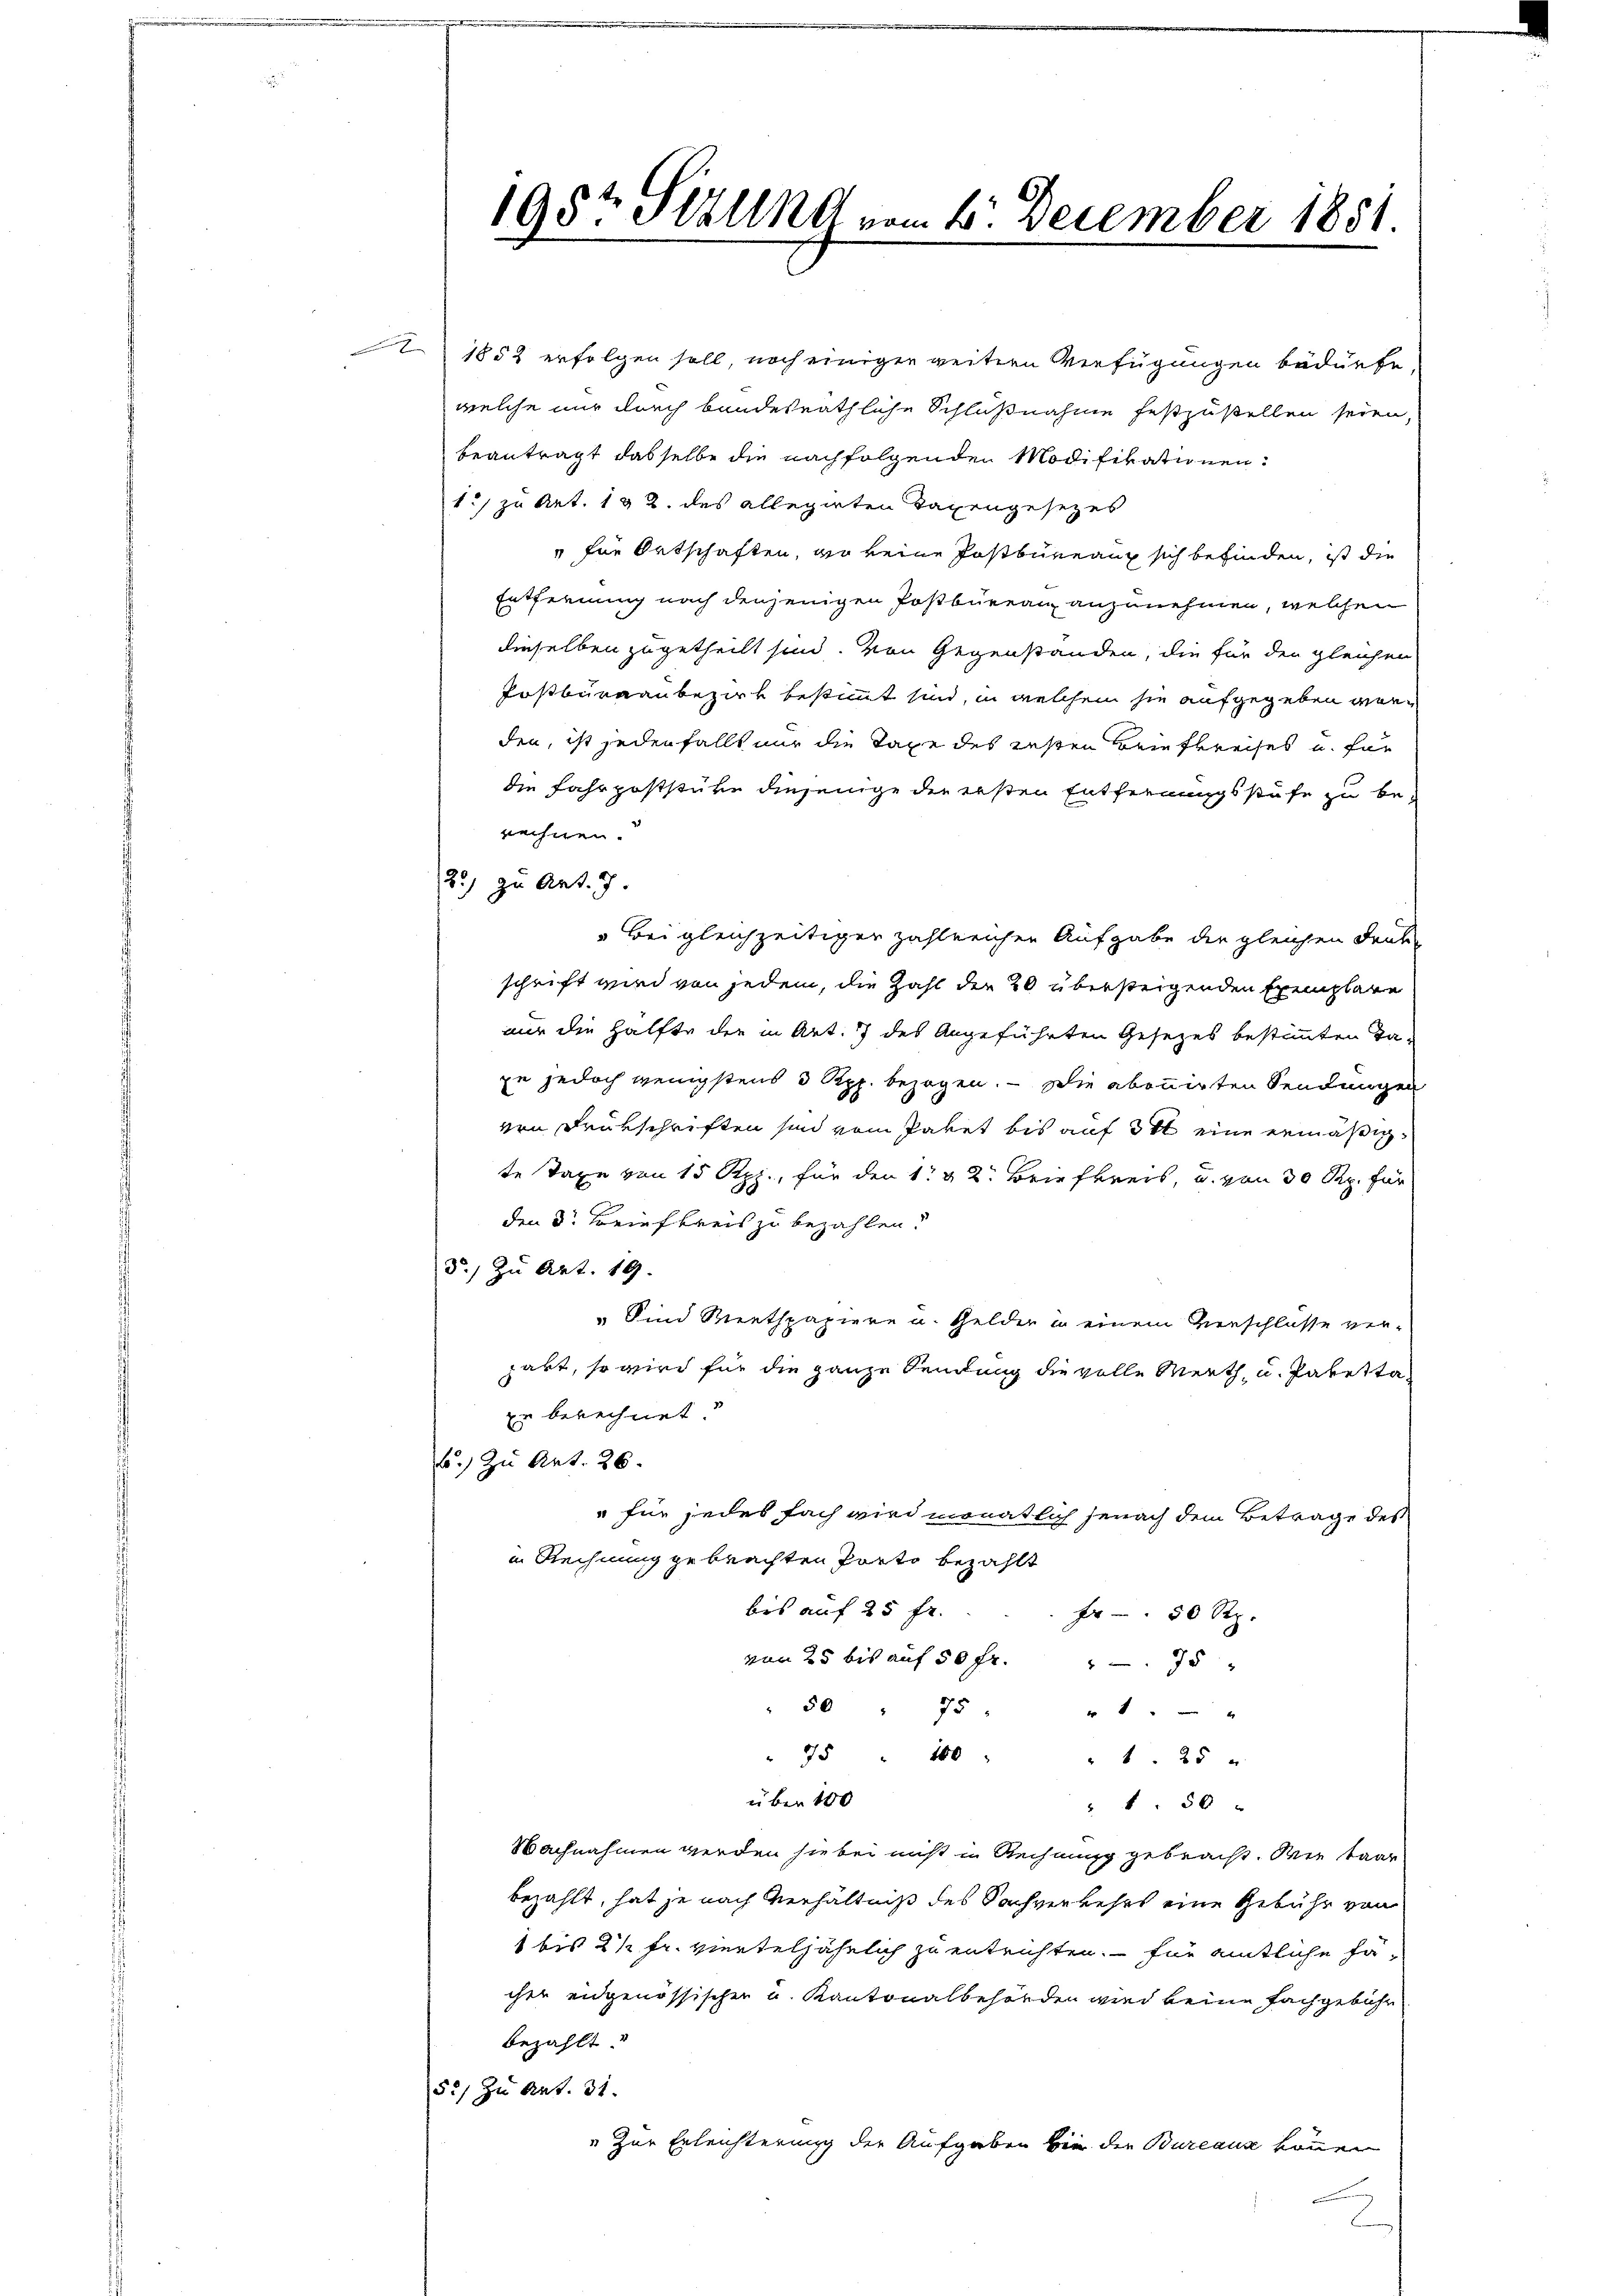
1852 erfolgen soll, noch einigen weitern Verfügungen bedürfe,
welche nur durch bandesräthliche Schlußnahme festzustellen seien,
beantragt dasselbe die nachfolgenden Modifikationen
1:/ zu Art. 192. des allegirten Tagengesezes
" für Ortschaften, wo keine Postbureau sich befinden, ist die
Entfernung nach denjenigen Postbureau anzunehmen, welchen
dieselben zugetheilt sind. Von Gegenstanden, die für den gleichen
Postbureau bezirk bestimmt sind, in welchem sie aufgegeben werden, ist jedenfalls nur die Taxe des Resten Briefkreises u. für
die Fahrpoststücke diejenige der ersten Entfernungsstufe zu be-
rechnen.
2.) zu Art. 7.
Bei gleichzeitiger zahlreichen Aufgabe der gleichen Deut
schrift wird von jedem, die Zahl der 20 übersteigenden Exemplare
nur die Hälfte der in Art. 7 des Angeführten Gesezes bestimmten da-
ze jedoch wenigstens 3 Rpp. bezogen. — Die abonnirten Sendungen
von Drükschriften sind vom Paket bis auf ist eine ermäßigte Taxe von 15 Rpp., für den 1 & 2. Briefkreis, u. von 30 Rp. für
den 3. Briefkreis zu bezahlen.
5.) Zu Art. 19.
Sind Werthpapiere u. Gelder in einem Vierschlusse ver-
gart, so wird für die ganze Sendung die volle Werth, u. Paketta¬
Er berechnet
6.) Zu Art. 26.
" für jedes fach wird monatlich jenach dem Betrage des
in Rechnung gebrachten Porto bezahlt
bis auf 25 fr.
4 - 50 Rp.
von 25 bis auf 50 fr. 75
50 " 75 " " 1 " - "
" 75 " 100 " " 1. 25 "
über 100
" 1.50 "
Nachnahmen werden sie bei nicht in Rechnung gebracht. Wie baar
bezahlt, hat je nach Verhältniß des Sachverkehrs eine Gebühr von
1 bis 21 Fr. vierteljährlich zu entrichten. – für amtliche Facher eidgenössischer u. Kantonalbehörden wird keine Fachgebühr
bezahlt
52) zu Art. 31.
" zur Erleichterung der Aufgaben wie der Bureaux können

195t Sizung vom 6. December 1881